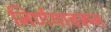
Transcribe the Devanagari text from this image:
निर्णयावरून